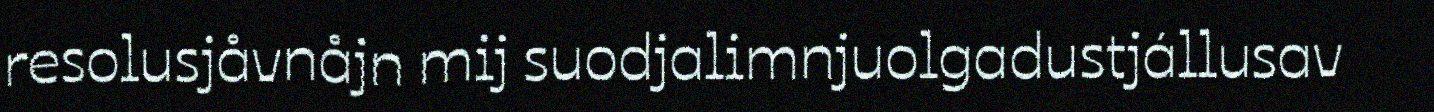
resolusjåvnåjn mij suodjalimnjuolgadustjállusav